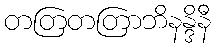
တတြတတြာဘိနန္ဒိနီ